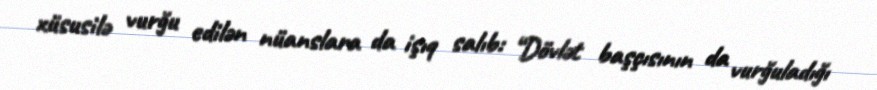
xüsusilə vurğu edilən nüanslara da işıq salıb: “Dövlət başçısının da vurğuladığı